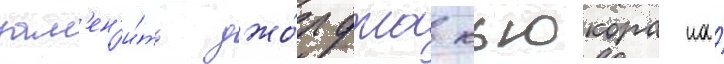
зам'ен'и́ть джо́рджа кьюкора на́